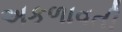
અકળાવતી